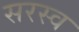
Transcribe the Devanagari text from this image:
सरस्व